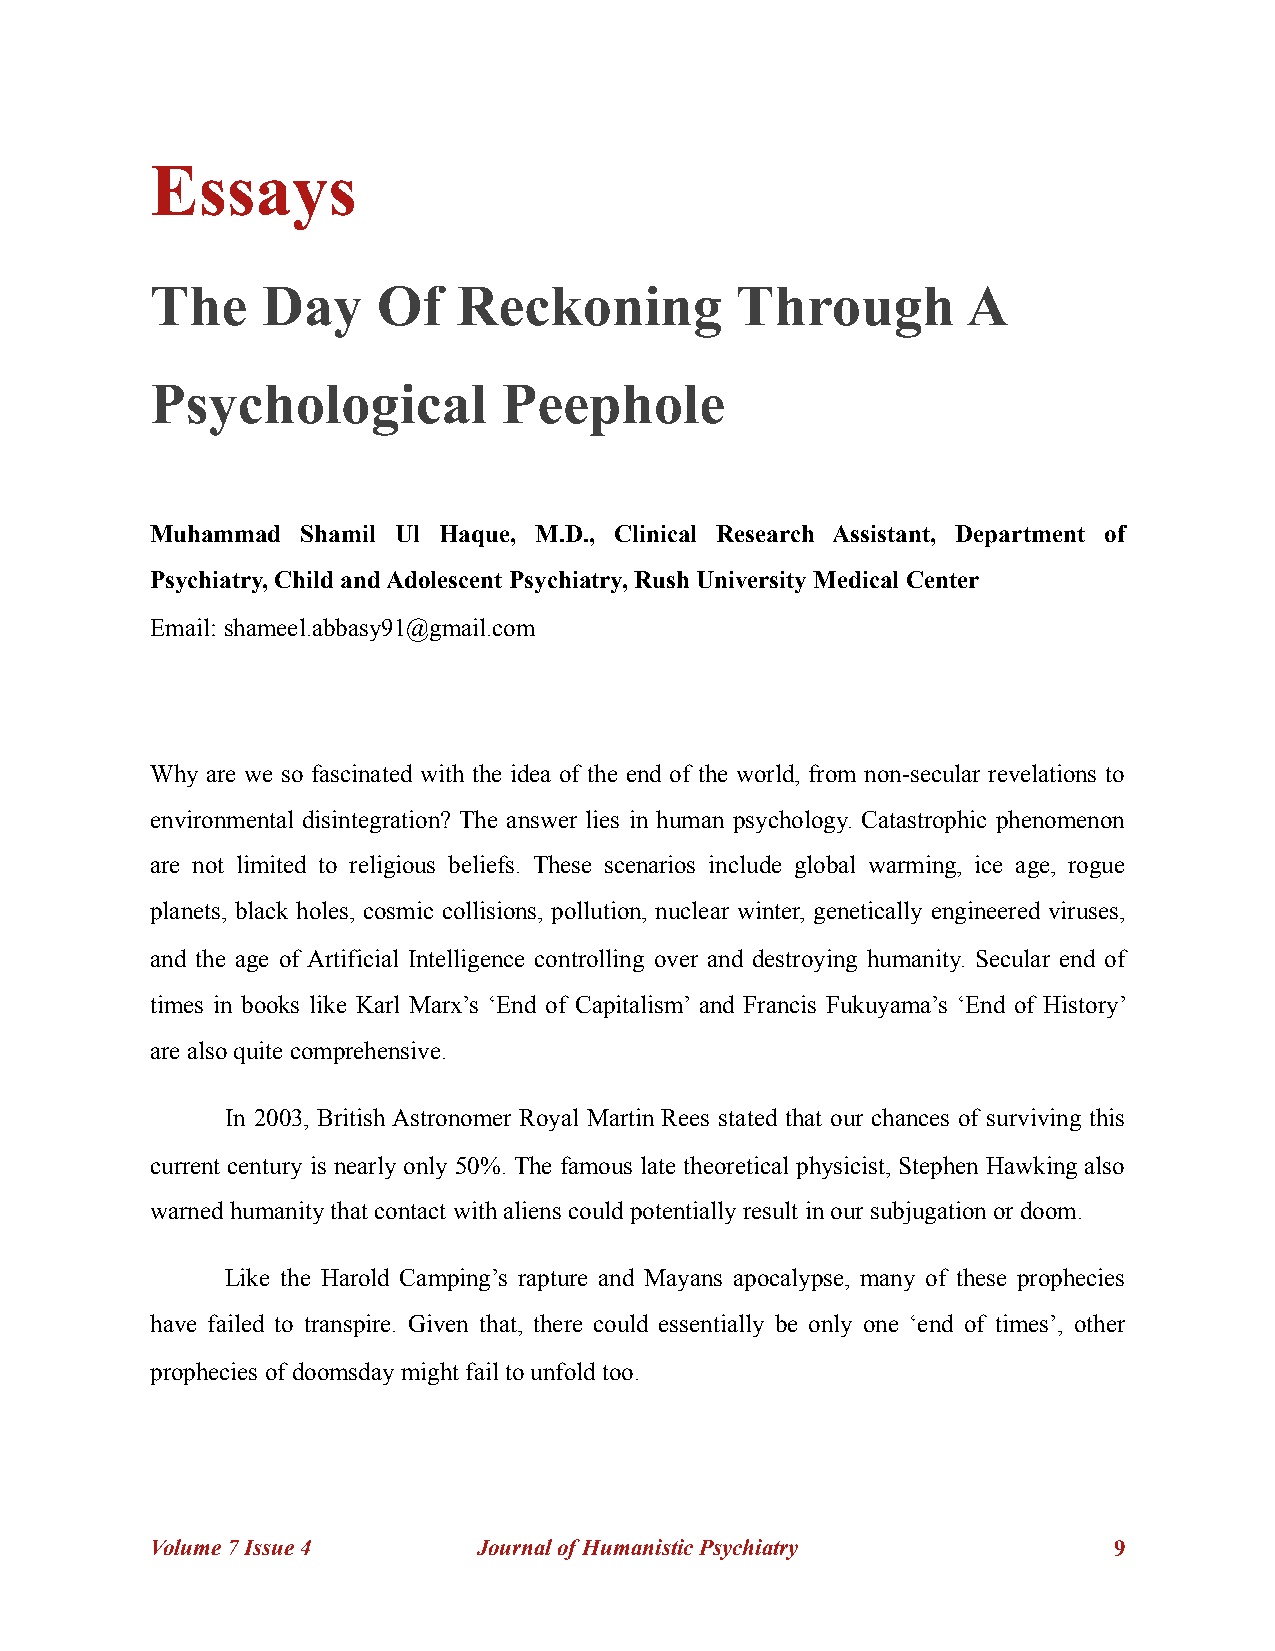
Essays
 The    Day     Of   Reckoning          Through        A
 Psychological          Peephole
 Muhammad  Shamil Ul Haque, M.D., Clinical Research Assistant, Department of
 Psychiatry, Child and Adolescent Psychiatry, Rush University Medical Center
 Email: shameel.abbasy91@gmail.com
 Why are we so fascinated with the idea of the end of the world, from non-secular revelations to
 environmental disintegration? The answer lies in human psychology. Catastrophic phenomenon
 are not limited to religious beliefs. These scenarios include global warming, ice age, rogue
 planets, black holes, cosmic collisions, pollution, nuclear winter, genetically engineered viruses,
 and the age of Artificial Intelligence controlling over and destroying humanity. Secular end of
 times in books like Karl Marx’s ‘End of Capitalism’ and Francis Fukuyama’s ‘End of History’
 are also quite comprehensive.
 In 2003, British Astronomer Royal Martin Rees stated that our chances of surviving this
 current century is nearly only 50%. The famous late theoretical physicist, Stephen Hawking also
 warned humanity that contact with aliens could potentially result in our subjugation or doom.
 Like the Harold Camping’s rapture and Mayans apocalypse, many of these prophecies
 have failed to transpire. Given that, there could essentially be only one ‘end of times’, other
 prophecies of doomsday might fail to unfold too.
 Volume 7 Issue 4      Journal of Humanistic Psychiatry          !9